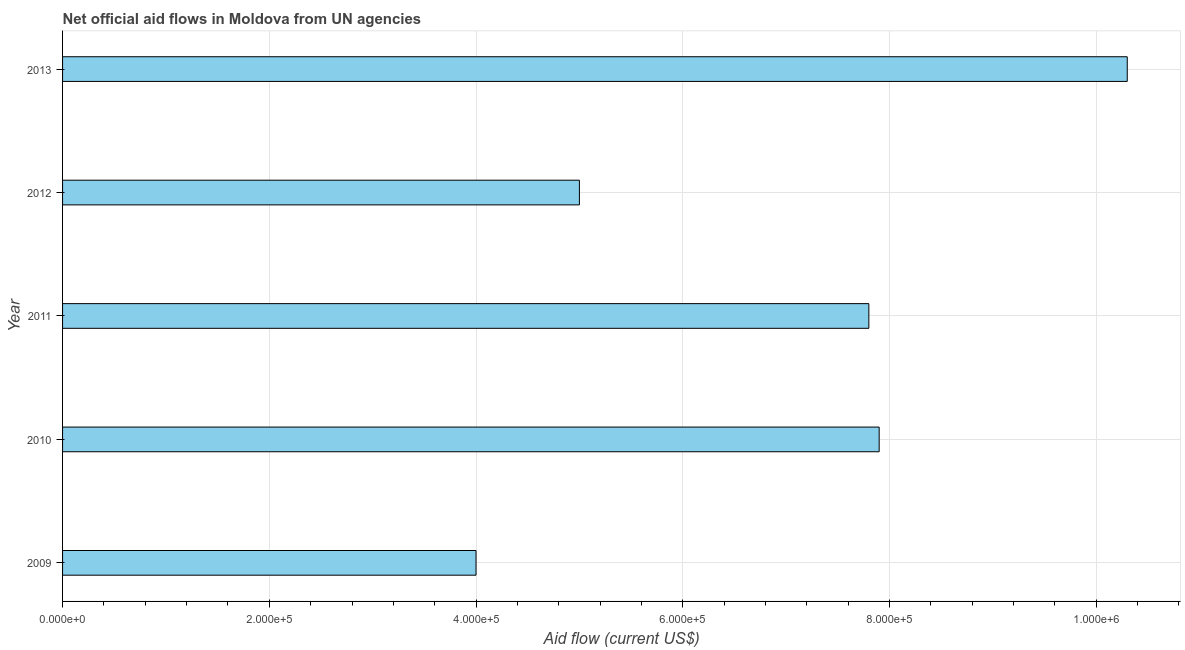
| Year | Net official flows from UN agencies |
 | --- | --- |
 | 2009 | 4e+05 |
 | 2010 | 7.9e+05 |
 | 2011 | 7.8e+05 |
 | 2012 | 5e+05 |
 | 2013 | 1.03e+06 |